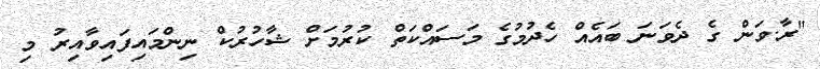
"ރާ.ވަން ގެ ދެވަނަ ބައެއް ހެދުމުގެ މަސައްކަތް ކުރުމަށް ޝާހުރުކް ނިންމައިފައިވާއިރު މި